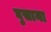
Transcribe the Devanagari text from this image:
घुसाना